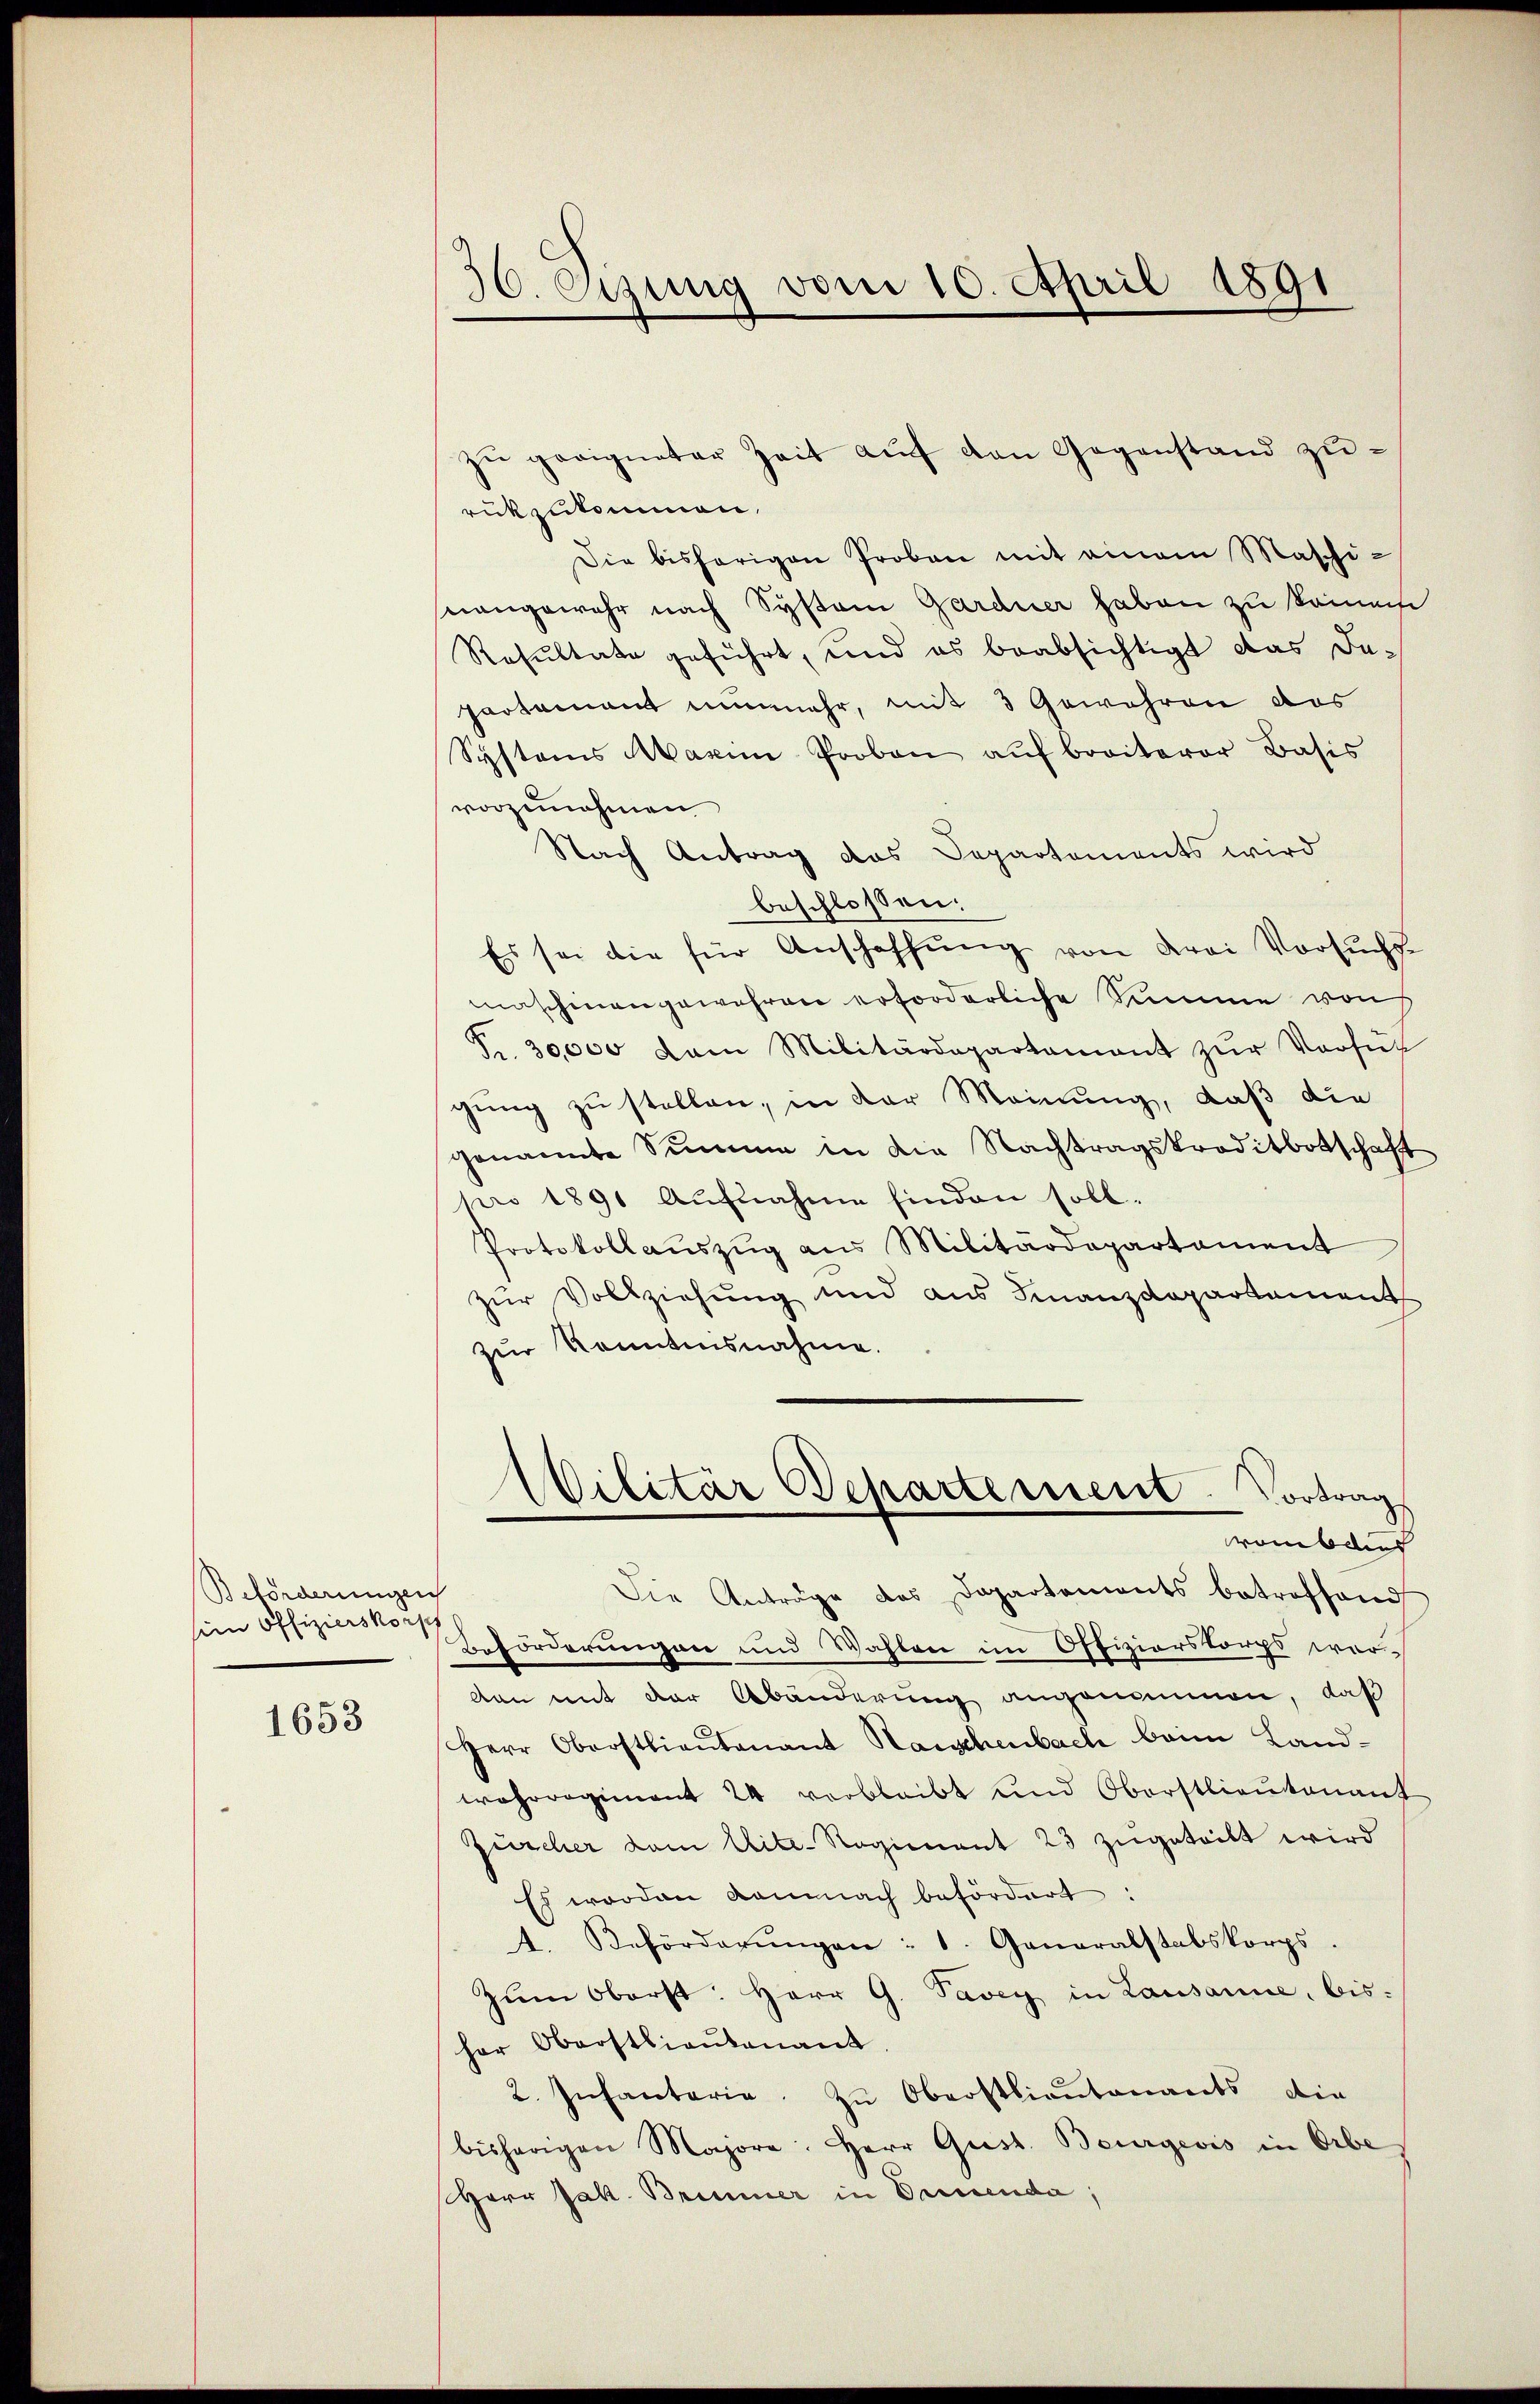
Beförderungen
sein Offizierskorp

1653

50. Etzung vom 10. April 1891

zŭ geeigneter Zeit aŭf den Gegenstand zŭ-
rückzukommen.
Die bisherigen Proben mit einem Maschi-
nangewehr nach System Gardner haben zu komm
Resultate geführt, und es beabsichtigt das da-
partement nunmehr, mit 3 Gewähren das
Systems Maxim Proben aŭf breiterer Basis
vorzunehmen
Nach Antrag das Departements wird
beschlossen:
Es sei die für Anschaffŭng von drei Vorsuchs-
maschinengewahren erforderliche Summe von
Fr. 30,000 kam Militärdepartament zŭr Versŭc
gung zu stellen, in der Meinung, daß die
genannte Summe in die Nachtragskreditbotschaft
pro 1891 Aufnahme finden soll.
Protokollaŭszŭg ans Militärdepartament
zur Vollziehung und aus Finanzdepartement
zur Kenntnisnahme.
Wilitär Departement. Vortrag
rombar
Die Anträge des Departements betreffend
Beförderungen und Wahlen im Offizierskorps war
dan mit der Abänderung angenommen, daß
Herr Oberstlieutenant Haischenbach beim Landwahrregiment 24 verbleibt und Oberstlieutenant
Zürcher vom Lite-Regiment 23 zugeteilt wird
Es worden damnach befördert:
4. Beförderŭngen: 1. Generalstabskorps.
Zŭm Oberst: Herr G. Savey in Lausanne, bis-
her Oberstlieutenant
2. Infantaria zŭ Oberstlieutenants die
bisherigen Majora. Herr Quist. Beurgeois in Orbe
Herr Jak. Briner in Cancenda,